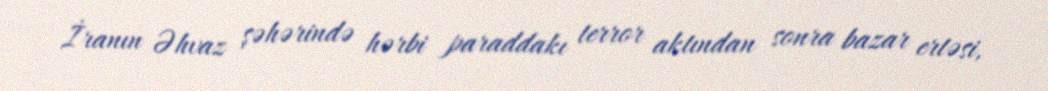
İranın Əhvaz şəhərində hərbi paraddakı terror aktından sonra bazar ertəsi,